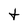
Character: t